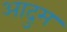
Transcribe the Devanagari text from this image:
आदुम